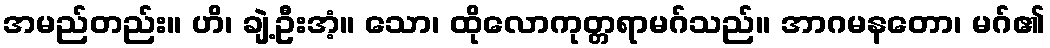
အမည်တည်း။ ဟိ၊ ချဲ့ဦးအံ့။ သော၊ ထိုလောကုတ္တရာမဂ်သည်။ အာဂမနတော၊ မဂ်၏